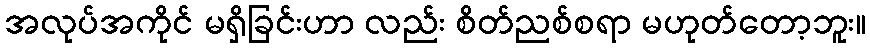
အလုပ်အကိုင် မရှိခြင်းဟာ လည်း စိတ်ညစ်စရာ မဟုတ်တော့ဘူး။